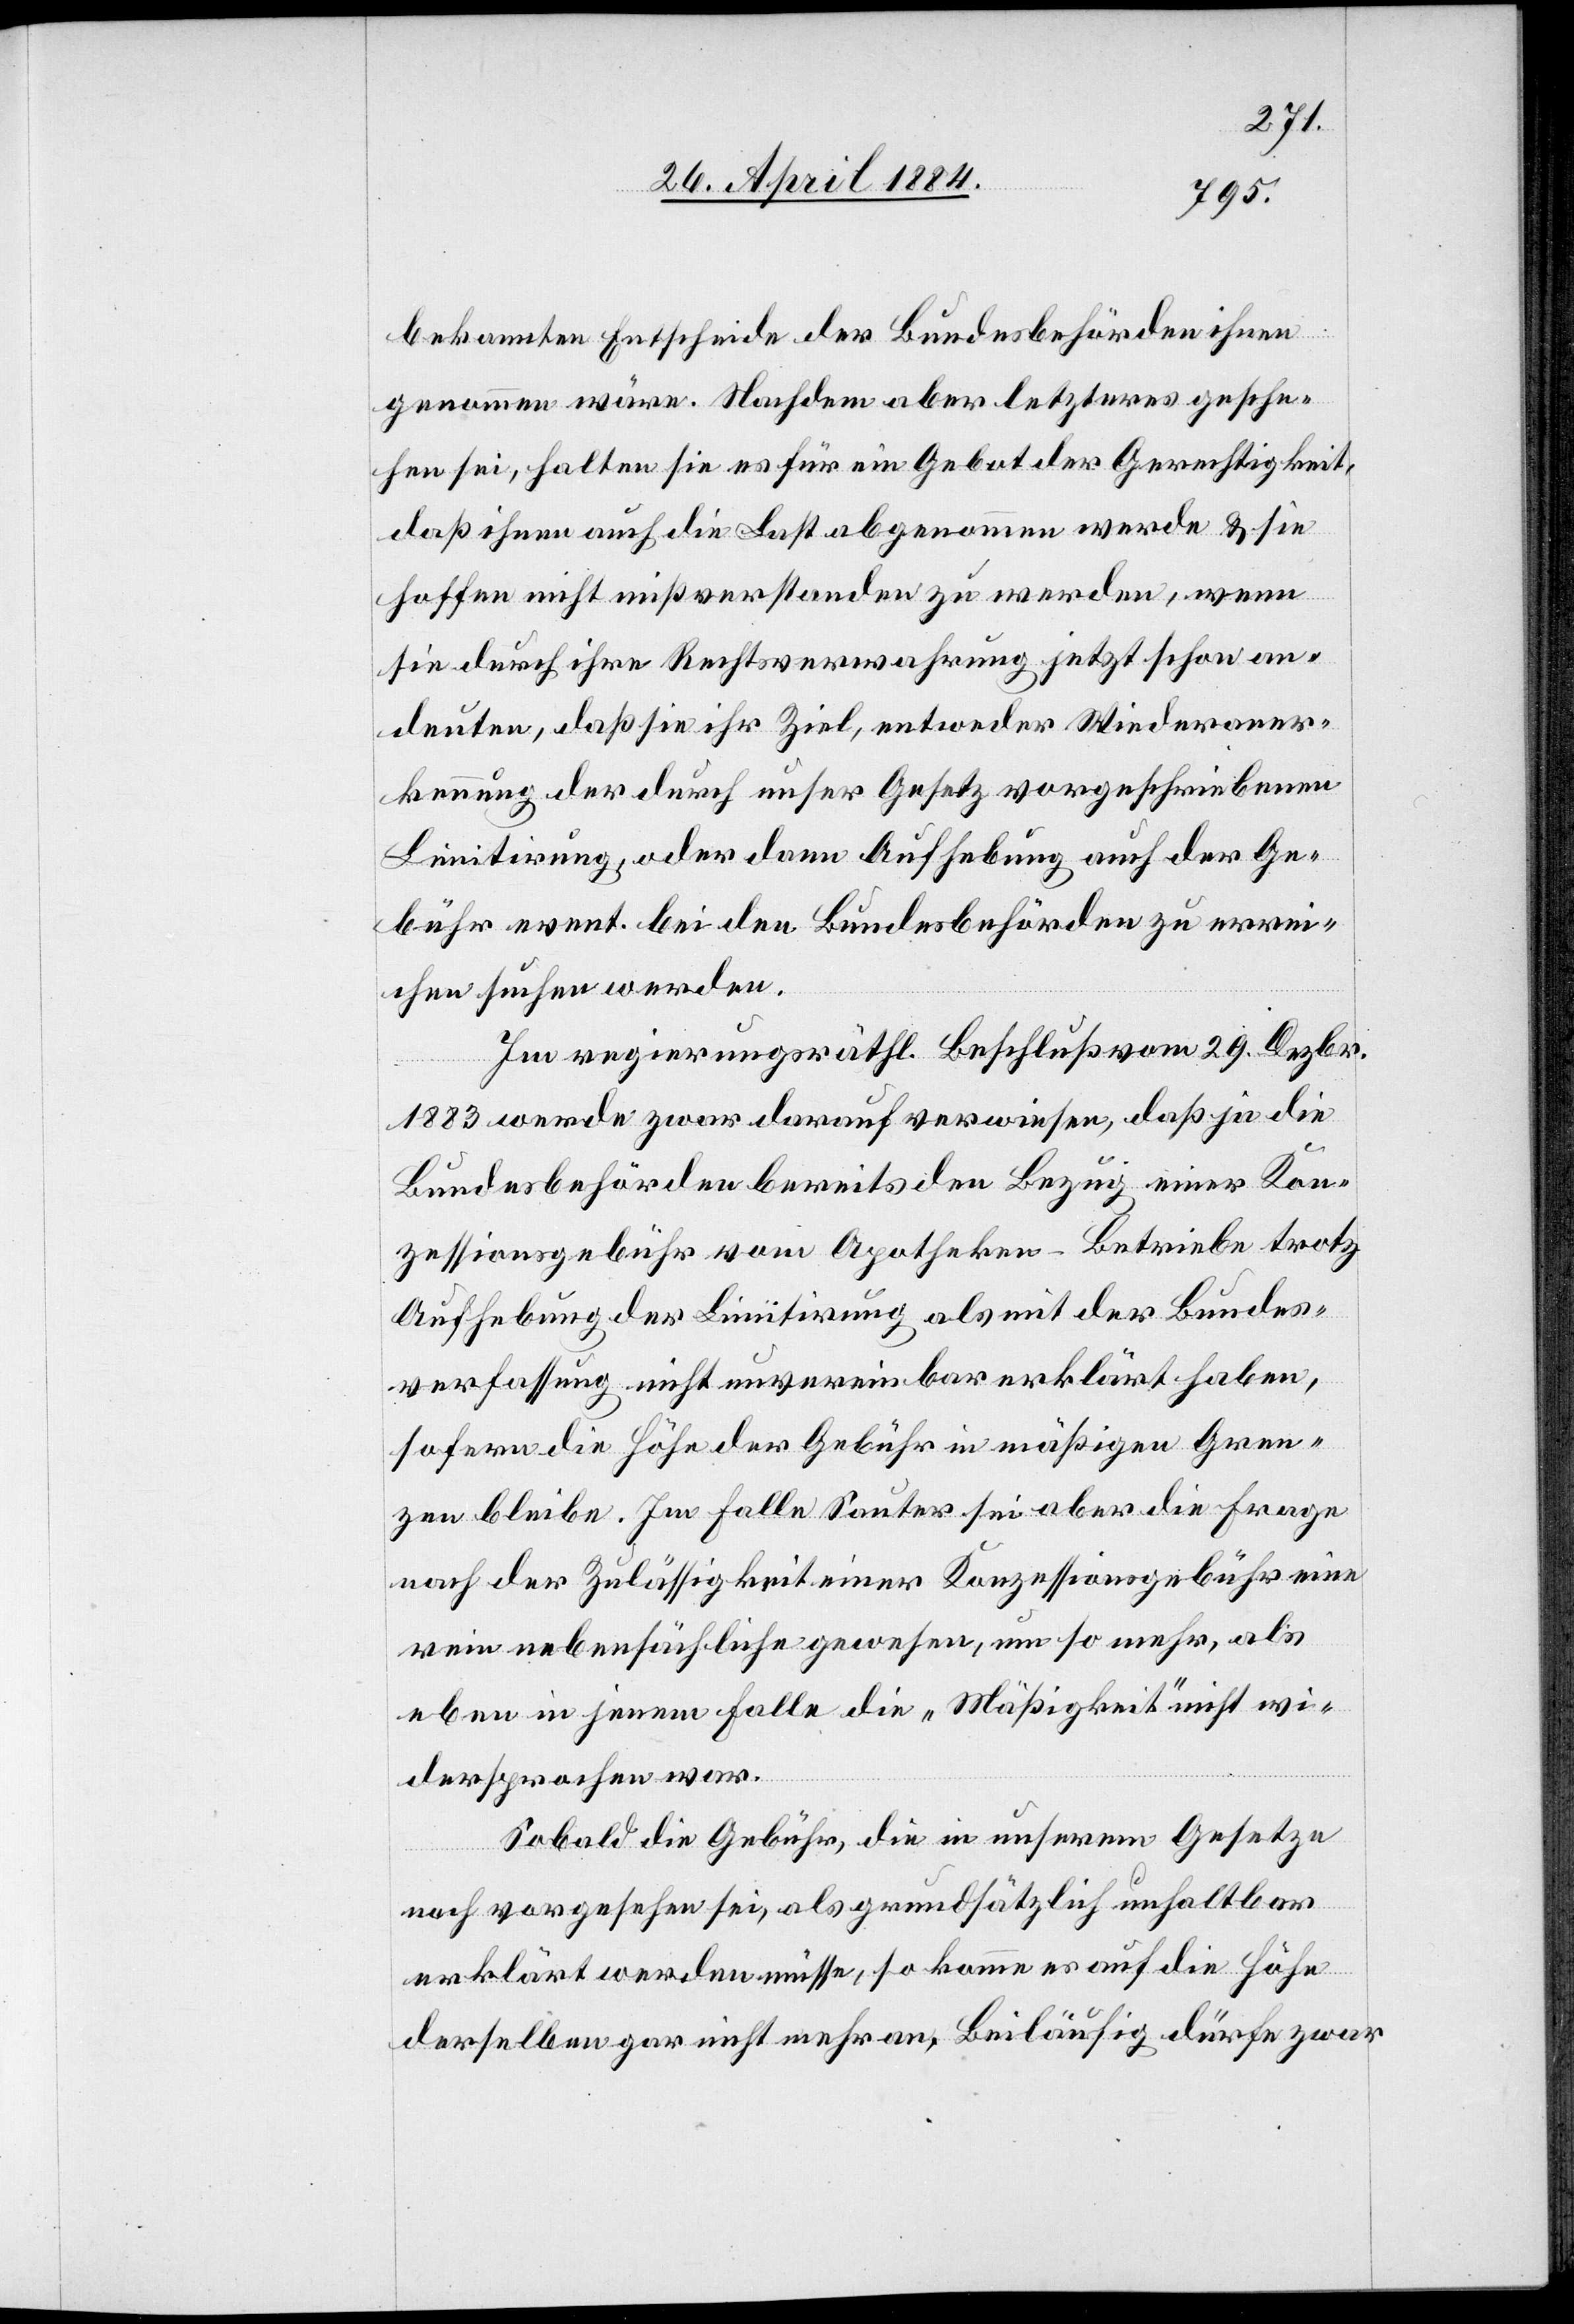
bekannten Entscheide der Bundesbehörden ihnen
genommen wäre. Nachdem aber letzteres gesche¬
hen sei, halten sie es für ein Gebot der Gerechtigkeit,
daß ihnen auch die Last abgenommen werde & sie
hoffen nicht mißverstanden zu werden, wenn
sie durch ihre Rechtsverwahrung jetzt schon an¬
deuten, daß sie ihr Ziel, entweder Wiederaner¬
kennung der durch unser Gesetz vorgeschriebenen
Limitirung, oder dann Aufhebung auch der Ge¬
bühr event. bei den Bundesbehörden zu errei¬
chen suchen werden.
Im regierungsräthl. Beschluß vom 29. Dezbr.
1883 werde zwar darauf verwiesen, daß je die
Bundesbehörden bereits den Bezug einer Kon¬
zessionsgebühr vom Apotheken-Betriebe trotz
Aufhebung der Limitirung als mit der Bundes¬
verfassung nicht unvereinbar erklärt haben,
sofern die Höhe der Gebühr in mäßigen Gren¬
zen bleibe. Im Falle Sauter sei aber die Frage
nach der Zulässigkeit einer Konzessionsgebühr eine
rein nebensächliche gewesen, um so mehr, als
eben in jenem Falle die „Mäßigkeit“ nicht wi¬
dersprochen war.
Sobald die Gebühr, die in unserem Gesetze
noch vorgesehen sei, als grundsätzlich unhaltbar
erklärt werden müsse, so komme es auf die Höhe
derselben gar nicht mehr an. Beiläufig dürfe zwar